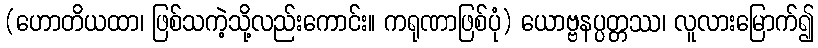
(ဟောတိယထာ၊ ဖြစ်သကဲ့သို့လည်းကောင်း။ ကရုဏာဖြစ်ပုံ) ယောဗ္ဗနပ္ပတ္တဿ၊ လူလားမြောက်၍